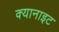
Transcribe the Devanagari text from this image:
क्यानाइट